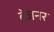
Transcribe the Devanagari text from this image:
ब्रेजनर